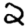
Digit: 2